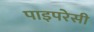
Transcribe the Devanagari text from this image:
पाइपरेसी